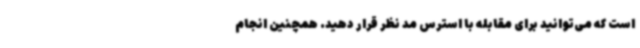
است که می‌توانید برای مقابله با استرس مد نظر قرار دهید. همچنین انجام